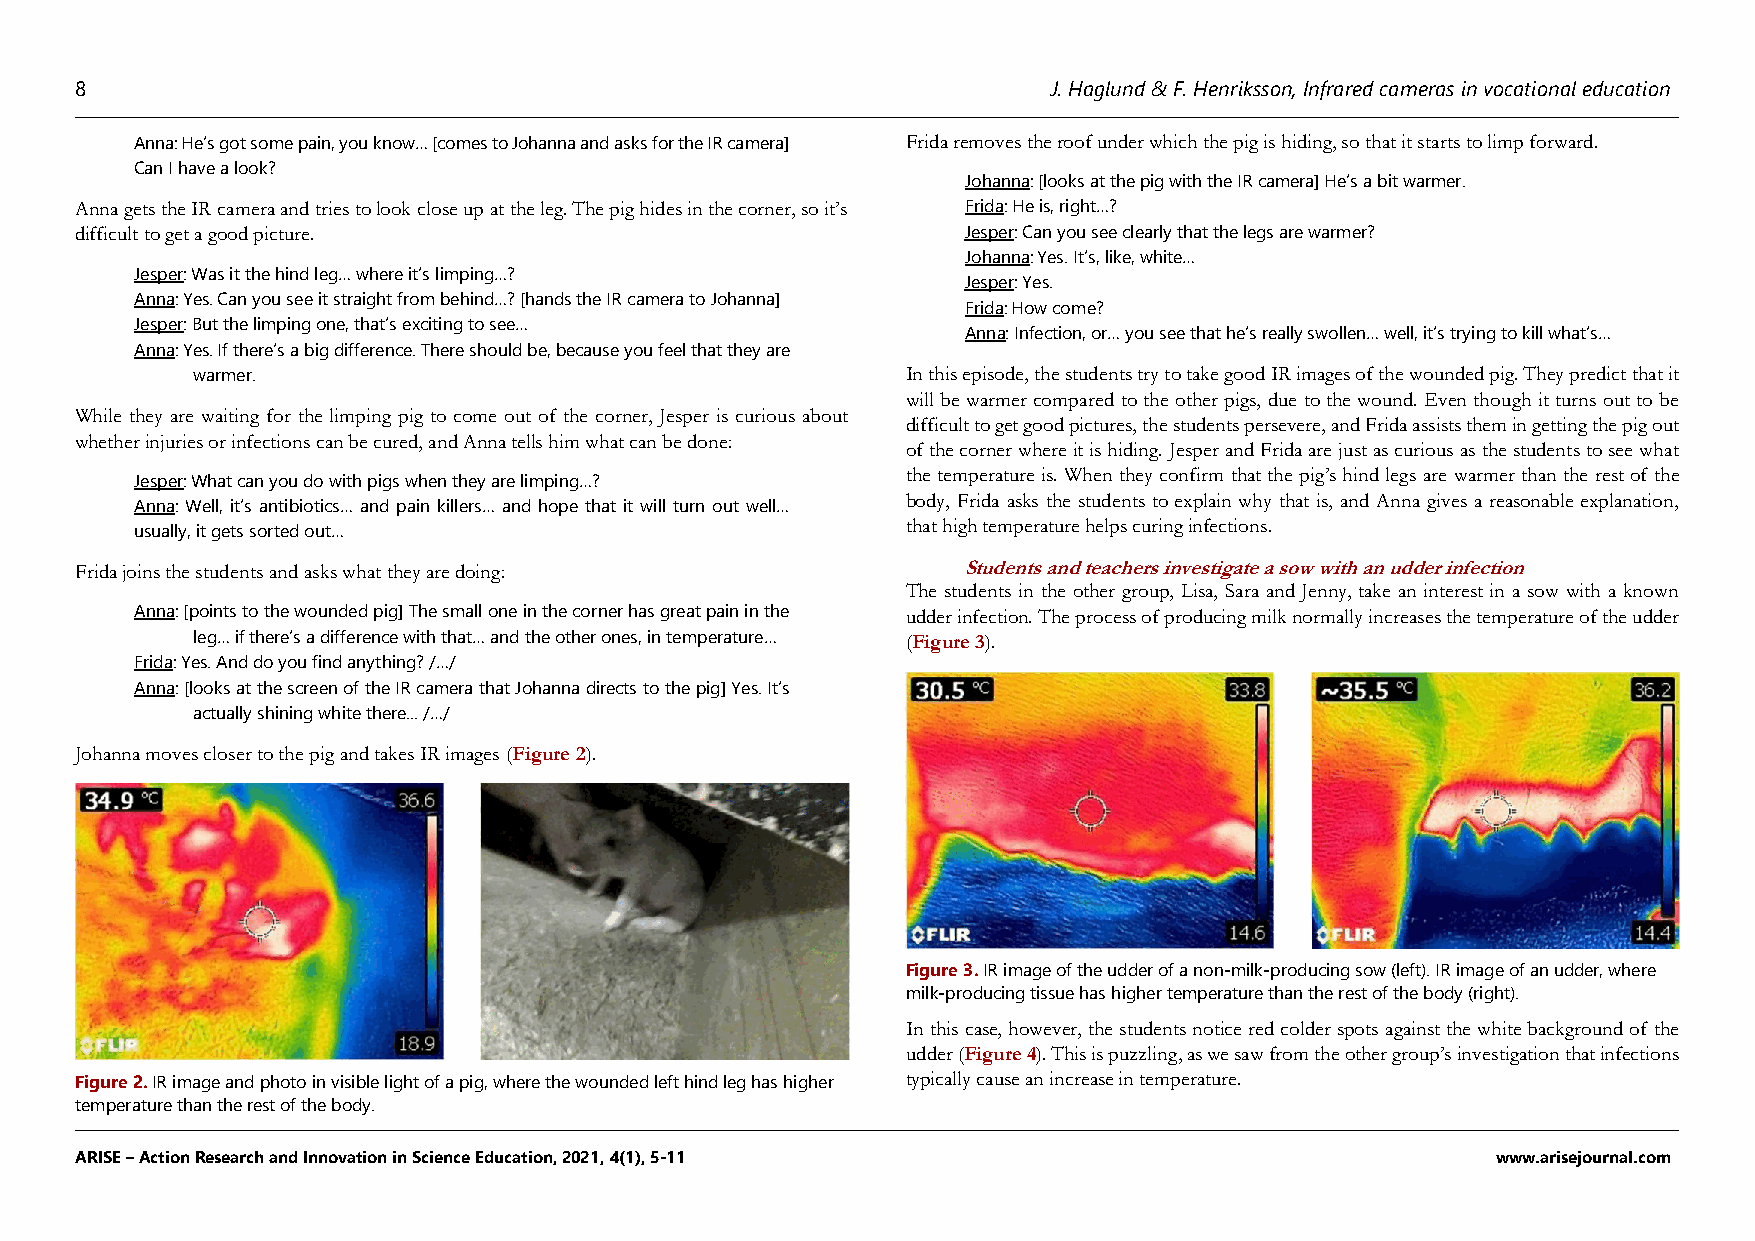
8                                                                J. Haglund & F. Henriksson, Infrared cameras in vocational education
 Anna: He’s got some pain, you know… [comes to Johanna and asks for the IR camera] Frida removes the roof under which the pig is hiding, so that it starts to limp forward.
 Can I have a look?
 Johanna: [looks at the pig with the IR camera] He’s a bit warmer.
 Anna gets the IR camera and tries to look close up at the leg. The pig hides in the corner, so it’s Frida: He is, right…?
 difficult to get a good picture.                           Jesper: Can you see clearly that the legs are warmer?
 Johanna: Yes. It’s, like, white…
 Jesper: Was it the hind leg… where it’s limping…?
 Jesper: Yes.
 Anna: Yes. Can you see it straight from behind…? [hands the IR camera to Johanna]
 Frida: How come?
 Jesper: But the limping one, that’s exciting to see…
 Anna: Infection, or… you see that he’s really swollen… well, it’s trying to kill what’s…
 Anna: Yes. If there’s a big difference. There should be, because you feel that they are
 warmer.                                        In this episode, the students try to take good IR images of the wounded pig. They predict that it
 will be warmer compared to the other pigs, due to the wound. Even though it turns out to be
 While they are waiting for the limping pig to come out of the corner, Jesper is curious about
 difficult to get good pictures, the students persevere, and Frida assists them in getting the pig out
 whether injuries or infections can be cured, and Anna tells him what can be done:
 of the corner where it is hiding. Jesper and Frida are just as curious as the students to see what
 the temperature is. When they confirm that the pig’s hind legs are warmer than the rest of the
 Jesper: What can you do with pigs when they are limping…?
 body, Frida asks the students to explain why that is, and Anna gives a reasonable explanation,
 Anna: Well, it’s antibiotics… and pain killers… and hope that it will turn out well…
 that high temperature helps curing infections.
 usually, it gets sorted out…
 Frida joins the students and asks what they are doing:     Students and teachers investigate a sow with an udder infection
 The students in the other group, Lisa, Sara and Jenny, take an interest in a sow with a known
 Anna: [points to the wounded pig] The small one in the corner has great pain in the udder infection. The process of producing milk normally increases the temperature of the udder
 leg… if there’s a difference with that… and the other ones, in temperature… (Figure 3).
 Frida: Yes. And do you find anything? /…/
 Anna: [looks at the screen of the IR camera that Johanna directs to the pig] Yes. It’s
 actually shining white there... /…/
 Johanna moves closer to the pig and takes IR images (Figure 2).
 Figure 3. IR image of the udder of a non-milk-producing sow (left). IR image of an udder, where
 milk-producing tissue has higher temperature than the rest of the body (right).
 In this case, however, the students notice red colder spots against the white background of the
 udder (Figure 4). This is puzzling, as we saw from the other group’s investigation that infections
 Figure 2. IR image and photo in visible light of a pig, where the wounded left hind leg has higher typically cause an increase in temperature.
 temperature than the rest of the body.
 ARISE – Action Research and Innovation in Science Education, 2021, 4(1), 5-11                 www.arisejournal.com